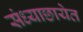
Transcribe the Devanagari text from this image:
संध्याछायेत